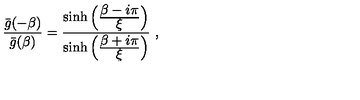
{ \frac { { \bar { g } } ( - \beta ) } { { \bar { g } } ( \beta ) } } = { \frac { \sinh \left( { \frac { \displaystyle \beta - i \pi } { \displaystyle \xi } } \right) } { \sinh \left( { \frac { \displaystyle \beta + i \pi } { \displaystyle \xi } } \right) } } \ ,